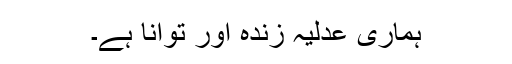
ہماری عدلیہ زندہ اور توانا ہے۔